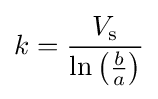
k={\frac {V_{\text{s}}}{\ln \left({\frac {b}{a}}\right)}}